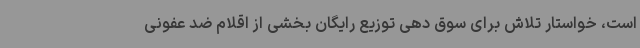
است، خواستار تلاش برای سوق دهی توزیع رایگان بخشی از اقلام ضد عفونی